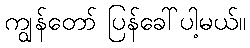
ကျွန်တော် ပြန်ခေါ်ပါ့မယ်။